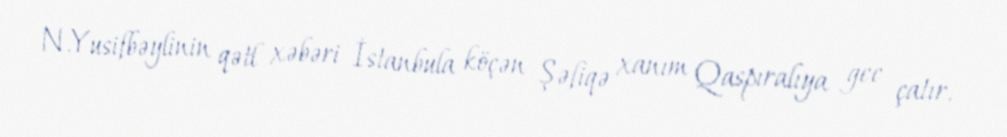
N.Yusifbəylinin qətl xəbəri İstanbula köçən Şəfiqə xanım Qaspıralıya gec çatır.